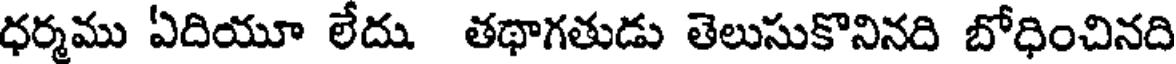
ధర్మము ఏదియూ లేదు తథాగతుడు తెలుసుకొనినది బోధించినది